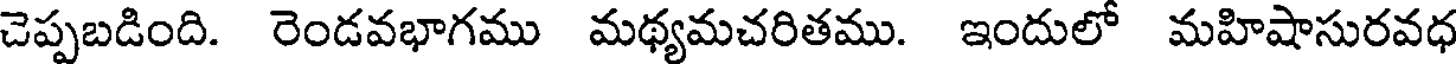
చెప్పబడింది. రెండవభాగము మథ్యమచరితము. ఇందులో మహిషాసురవధ